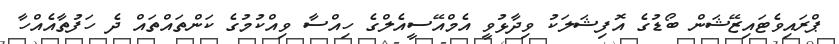
ޕްރައިވެޓައިޒޭޝަން ބޯޑުގެ އޮފިޝަލަކު ވިދާޅުވީ އެމްއޭސީއެލްގެ ހިއްސާ ވިއްކުމުގެ ކަންތައްތައް ދެ ހަފުތާއެއްހާ